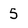
Character: 5